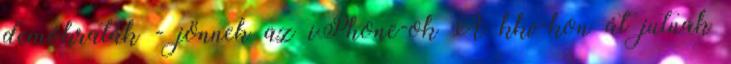
demokraták - jönnek az iPhone-ok A kkv-kon át jutnak